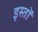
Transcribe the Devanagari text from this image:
इस्तॉ